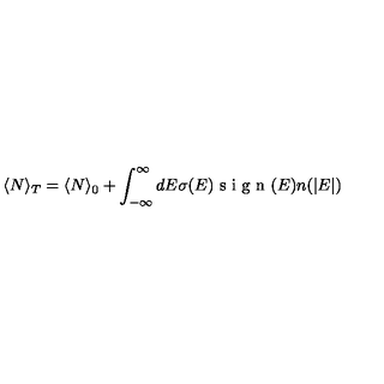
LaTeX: \langle N \rangle _ { T } = \langle N \rangle _ { 0 } + \int _ { - \infty } ^ { \infty } d E \sigma ( E ) \textrm { s i g n } ( E ) n ( | E | ) \quad